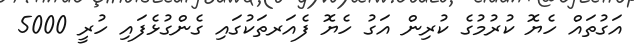
އަގުތައް ހެޔޮ ކުރުމުގެ ކުރިން އަގު ހެޔޮ ފެއަރތަކުގައި ގެންގުޅެފައި ހުރީ 5000